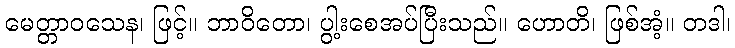
မေတ္တာဝသေန၊ ဖြင့်။ ဘာဝိတော၊ ပွါ့းစေအပ်ပြီးသည်။ ဟောတိ၊ ဖြစ်အံ့။ တဒါ၊